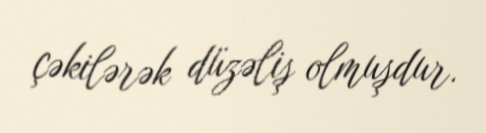
çəkilərək düzəliş olmuşdur.